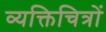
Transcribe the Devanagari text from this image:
व्यक्तिचित्रों